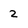
Character: 2